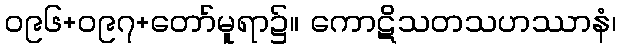
၀၉၆+၀၉၇+တော်မူရာ၌။ ကောဋိသတသဟဿာနံ၊